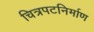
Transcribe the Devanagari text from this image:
चित्रपटनिर्माण